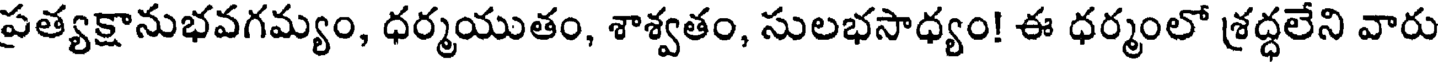
ప్రత్యక్షానుభవగమ్యం, ధర్మయుతం, శాశ్వతం, సులభసాధ్యం! ఈ ధర్మంలో శ్రద్ధలేని వారు